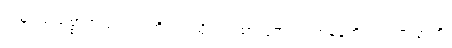
သမုဒယသစ္စာတည်း။ ဣတိ၊ ဤသို့။ ယထာဘူတံ၊ ဟုတ်မှန်တိုင်း။ ပဇာနာတိ၊